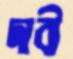
দাবী